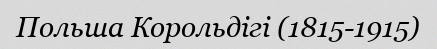
Польша Корольдігі (1815-1915)